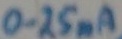
Text: 0.25mA